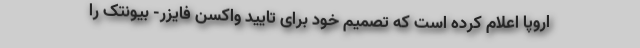
اروپا اعلام کرده است که تصمیم خود برای تایید واکسن فایزر- بیونتک را